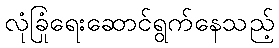
လုံခြုံရေးဆောင်ရွက်နေသည့်